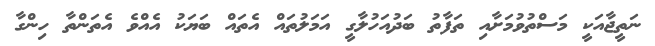
ނަތީޖާއަކީ މަސްތުވުމަށާއި ތަފާތު ބަދުއަހުލާގީ އަމަލުތައް އެތައް ބަޔަކު އެއްވެ އެތަންތާ ހިންގާ